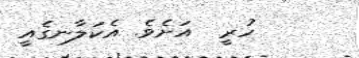
ހުރީ  އަށެވެ. އެކަލާނގެއީ